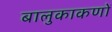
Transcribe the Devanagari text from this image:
बालुकाकणों